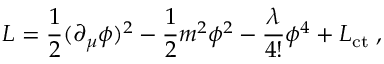
{ \cal L } = \frac { 1 } { 2 } ( \partial _ { \mu } \phi ) ^ { 2 } - \frac { 1 } { 2 } m ^ { 2 } \phi ^ { 2 } - \frac { \lambda } { 4 ! } \phi ^ { 4 } + { \cal L } _ { \mathrm { c t } } \; ,